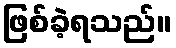
ဖြစ်ခဲ့ရသည်။